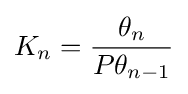
K_{n}={\frac {\theta _{n}}{P\theta _{n-1}}}